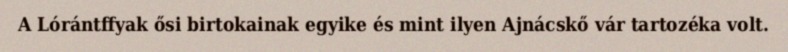
A Lórántffyak ősi birtokainak egyike és mint ilyen Ajnácskő vár tartozéka volt.